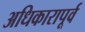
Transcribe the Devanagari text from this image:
अधिकारापूर्व